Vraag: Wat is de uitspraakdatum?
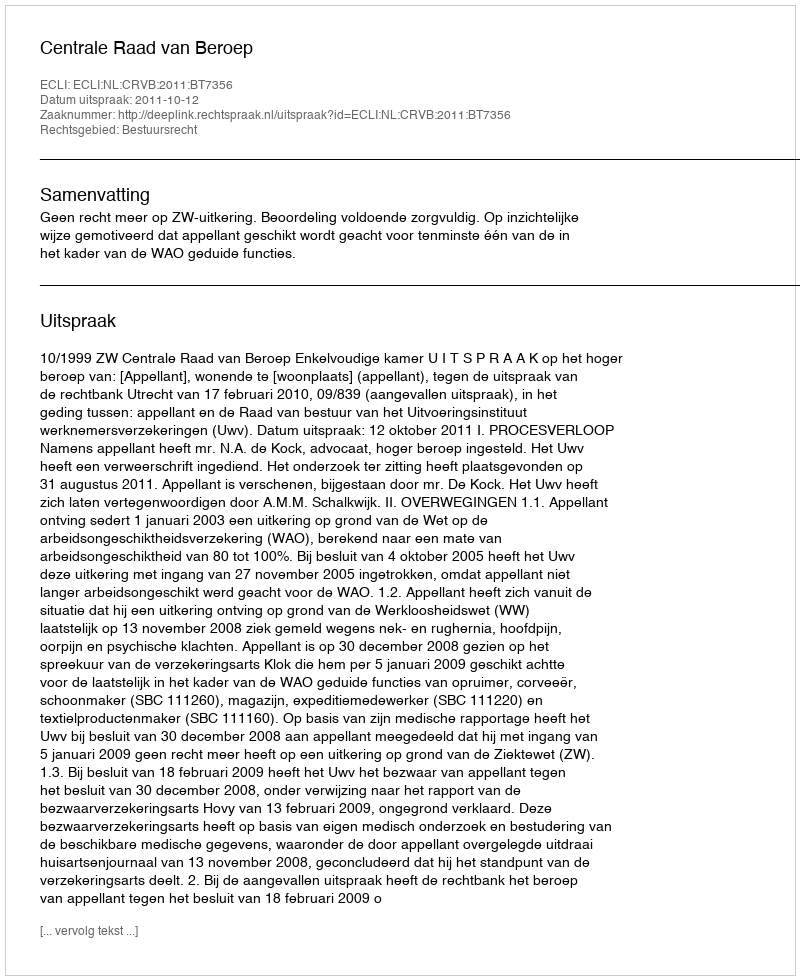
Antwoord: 2011-10-12